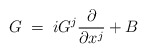
\begin{align*}G \;=\; i G^j \frac{\partial}{\partial x^j} + B\end{align*}